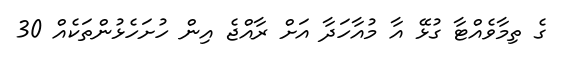
ގެ ތިމާވެއްޓާ ގުޅޭ އާ މުއާހަދާ އަށް ރާއްޖެ އިން ހުށަހެޅުންތަކެއް 30